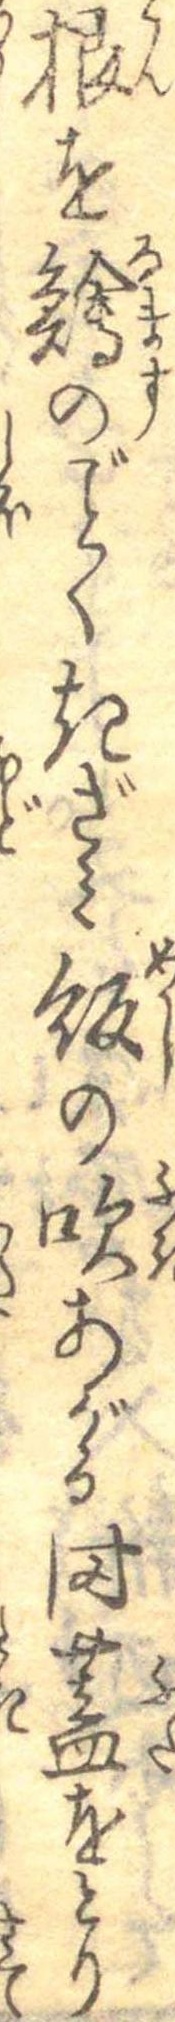
根を鱠のごとくきざみ飯の吹あがる時蓋をとり